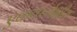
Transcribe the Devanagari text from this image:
एकवर्ध्यक्षीय